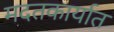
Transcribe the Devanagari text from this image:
मदतकार्यात